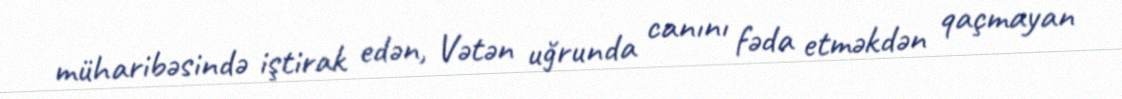
müharibəsində iştirak edən, Vətən uğrunda canını fəda etməkdən qaçmayan